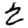
Digit: 2